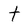
Character: t